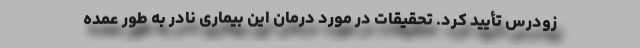
زودرس تأیید کرد. تحقیقات در مورد درمان این بیماری نادر به طور عمده